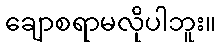
ချောစရာမလိုပါဘူး။